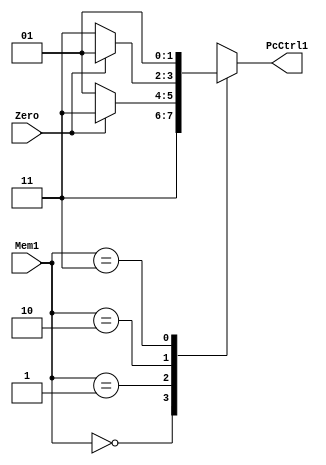
module sm_21(
	input wire Zero,
	input wire[1:0] Mem1,
	output reg[1:0] PcCtrl1
    );

	always @(*) begin
		case (Mem1)
			2'b00: PcCtrl1 <= 3; // must jump
			2'b01: begin // jump when != 0
				if (Zero != 0) begin
					PcCtrl1 <= 3;
				end else begin
					PcCtrl1 <= 1;
				end
			end
			2'b10: begin // jump when == 0
				if (Zero == 0) begin
					PcCtrl1 <= 3;
				end else begin
					PcCtrl1 <= 1;
				end
			end
			2'b11: PcCtrl1 <= 1; // must not jump
		endcase
	end

endmodule